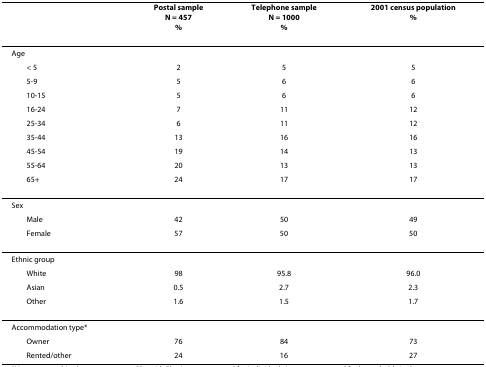
<table><thead><tr><td></td><td><b>Postal sampleN = 457%</b></td><td><b>Telephone sampleN = 1000%</b></td><td><b>2001 census population%</b></td></tr></thead><tbody><tr><td>Age</td><td></td><td></td><td></td></tr><tr><td> &lt; 5</td><td>2</td><td>5</td><td>5</td></tr><tr><td> 5-9</td><td>5</td><td>6</td><td>6</td></tr><tr><td> 10-15</td><td>5</td><td>6</td><td>6</td></tr><tr><td> 16-24</td><td>7</td><td>11</td><td>12</td></tr><tr><td> 25-34</td><td>6</td><td>11</td><td>12</td></tr><tr><td> 35-44</td><td>13</td><td>16</td><td>16</td></tr><tr><td> 45-54</td><td>19</td><td>14</td><td>13</td></tr><tr><td> 55-64</td><td>20</td><td>13</td><td>13</td></tr><tr><td> 65+</td><td>24</td><td>17</td><td>17</td></tr><tr><td>Sex</td><td></td><td></td><td></td></tr><tr><td> Male</td><td>42</td><td>50</td><td>49</td></tr><tr><td> Female</td><td>57</td><td>50</td><td>50</td></tr><tr><td>Ethnic group</td><td></td><td></td><td></td></tr><tr><td> White</td><td>98</td><td>95.8</td><td>96.0</td></tr><tr><td> Asian</td><td>0.5</td><td>2.7</td><td>2.3</td></tr><tr><td> Other</td><td>1.6</td><td>1.5</td><td>1.7</td></tr><tr><td>Accommodation type*</td><td></td><td></td><td></td></tr><tr><td> Owner</td><td>76</td><td>84</td><td>73</td></tr><tr><td> Rented/other</td><td>24</td><td>16</td><td>27</td></tr></tbody></table>